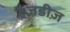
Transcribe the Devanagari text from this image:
ट्रैजडीज़